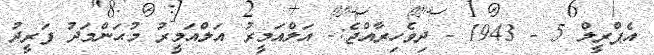
އެޕްރީލް 5 - 1943 - ދިވެހިރާއްޖެ:- އަލްއަމީރު އަލްއަމީރު މުޙަންމަދު ފަރީދު